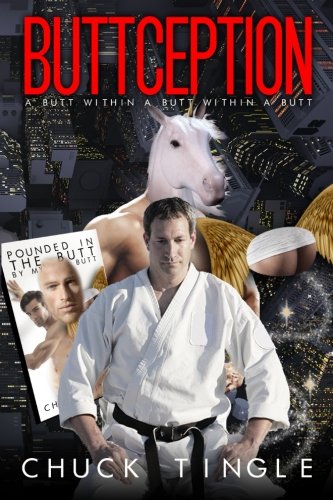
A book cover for Buttception: A Butt Within A Butt Within A Butt; Dr. Chuck Tingle; Romance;